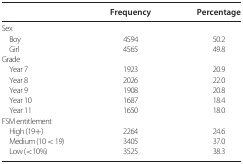
<table><thead><tr><td></td><td><b>Frequency</b></td><td><b>Percentage</b></td></tr></thead><tbody><tr><td colspan="3">Sex</td></tr><tr><td> Boy</td><td>4594</td><td>50.2</td></tr><tr><td> Girl</td><td>4565</td><td>49.8</td></tr><tr><td colspan="3">Grade</td></tr><tr><td> Year 7</td><td>1923</td><td>20.9</td></tr><tr><td> Year 8</td><td>2026</td><td>22.0</td></tr><tr><td> Year 9</td><td>1908</td><td>20.8</td></tr><tr><td> Year 10</td><td>1687</td><td>18.4</td></tr><tr><td> Year 11</td><td>1650</td><td>18.0</td></tr><tr><td colspan="3">FSM entitlement</td></tr><tr><td> High (19+)</td><td>2264</td><td>24.6</td></tr><tr><td> Medium (10 &lt; 19)</td><td>3405</td><td>37.0</td></tr><tr><td> Low (&lt;10%)</td><td>3525</td><td>38.3</td></tr></tbody></table>